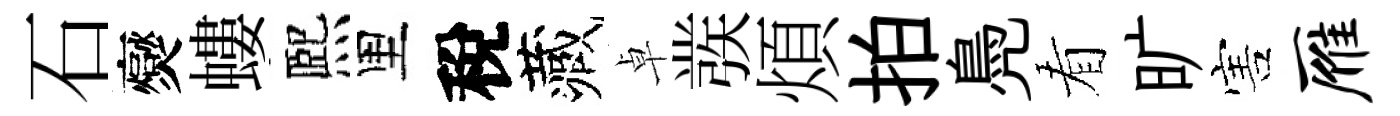
石爕螻熈里稅藏卓彂煩拍鳧看旷害雁